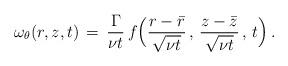
LaTeX: \begin{align*} \omega_\theta(r,z,t) \,=\, \frac{\Gamma}{\nu t}\,f\Bigl(\frac{r-\bar r} {\sqrt{\nu t}}\,,\,\frac{z-\bar z}{\sqrt{\nu t}}\,,\,t\Bigr)\,.\end{align*}